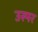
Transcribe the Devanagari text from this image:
उस्पर